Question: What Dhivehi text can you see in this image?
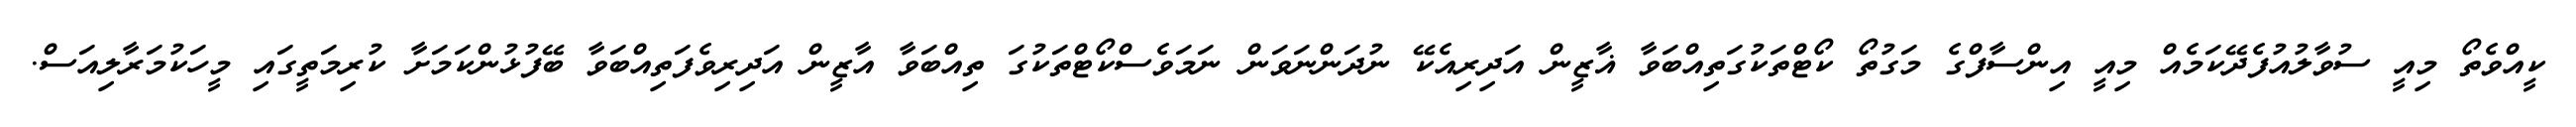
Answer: ކީއްވެތޯ މިއީ ސުވާލުއުފެދޭކަމެއް މިއީ އިންސާފްގެ މަގުތޯ ކޯޓްތަކުގަތިއްބަވާ ޣާޒީން އަދިރިއެކޭ ނުދަންނަވަން ނަމަވެސްކޯޓްތަކުގަ ތިއްބަވާ އާޒީން އަދިރިވެފަތިއްބަވާ ބޭފުޅުންކަމަށާ ކުރިމަތީގައި މީހަކުމަރާލިއަސް.